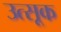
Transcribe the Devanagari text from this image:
उत्सूक